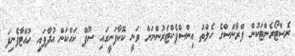
ރެސްޓޯރެންޓަކުން ފްރާންސްގެ ހެލްތު އިންސްޕެކްޓަރުންނަށް ވަނީ ކޮކާފަނީގައި ސޫޕް ކައްކަން އުދާފައި ހުއްޓާފެނިފަ